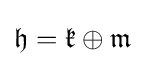
{\mathfrak {h}}={\mathfrak {k}}\oplus {\mathfrak {m}}